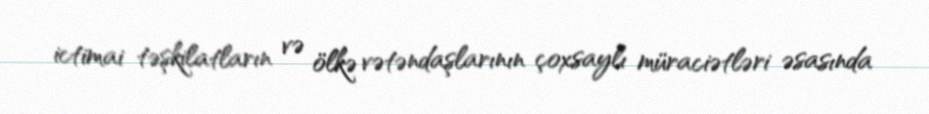
ictimai təşkilatların və ölkə vətəndaşlarının çoxsaylı müraciətləri əsasında